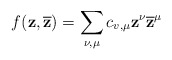
\begin{align*} f(\mathbf{z},\overline{\mathbf{z}})=\sum_{\nu,\mu}c_{v,\mu}\mathbf{z}^{\nu}\mathbf{\overline{z}}^{\mu} \end{align*}